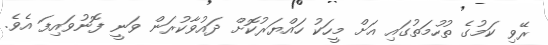
ރޭވި ކަމުގެ ތުހުމަތުގައި އަށް މީހަކު ހައްޔަރުކޮށް ދައުވާކުރަން ވަނީ ފޮނުވައިފަ އެވެ.